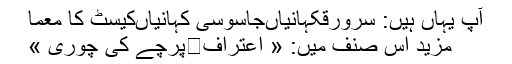
آپ یہاں ہیں: سرورقکہانیاںجاسوسی کہانیاںکیسٹ کا معما
مزید اس صنف میں: « اعتراف	پرچے کی چوری »